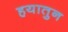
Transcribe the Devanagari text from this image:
हयातुन